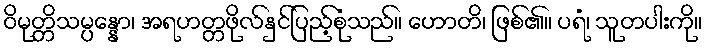
ဝိမုတ္တိသမ္ပန္နော၊ အရဟတ္တဖိုလ်နှင်ပြည့်စုံသည်။ ဟောတိ၊ ဖြစ်၏။ ပရံ၊ သူတပါးကို။